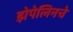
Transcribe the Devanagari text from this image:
झेपेलिनचे